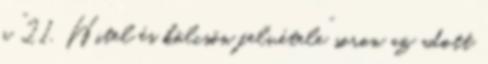
a “21. Hitel és kölcsön felvétele” soron az adott